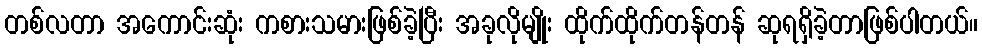
တစ်လတာ အကောင်းဆုံး ကစားသမားဖြစ်ခဲ့ပြီး အခုလိုမျိုး ထိုက်ထိုက်တန်တန် ဆုရရှိခဲ့တာဖြစ်ပါတယ်။